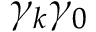
\gamma _ { k } \gamma _ { 0 }